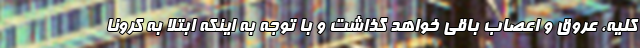
کلیه، عروق و اعصاب باقی خواهد گذاشت و با توجه به اینکه ابتلا به کرونا